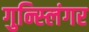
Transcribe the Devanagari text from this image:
गुन्स्लिंगर